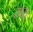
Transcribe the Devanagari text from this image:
तासु